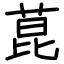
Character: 菎